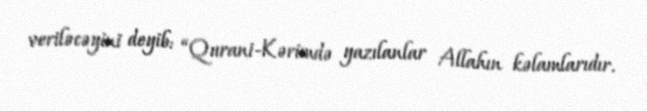
veriləcəyini deyib: “Qurani-Kərimdə yazılanlar Allahın kəlamlarıdır.